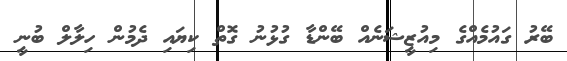
ބޭރު ގައުމެއްގެ މިއުޒީޝަނެއް ބޭންޑާ ގުޅުނު ގޮތް ކިޔައި ދެމުން ހިލާލް ބުނީ